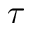
\tau